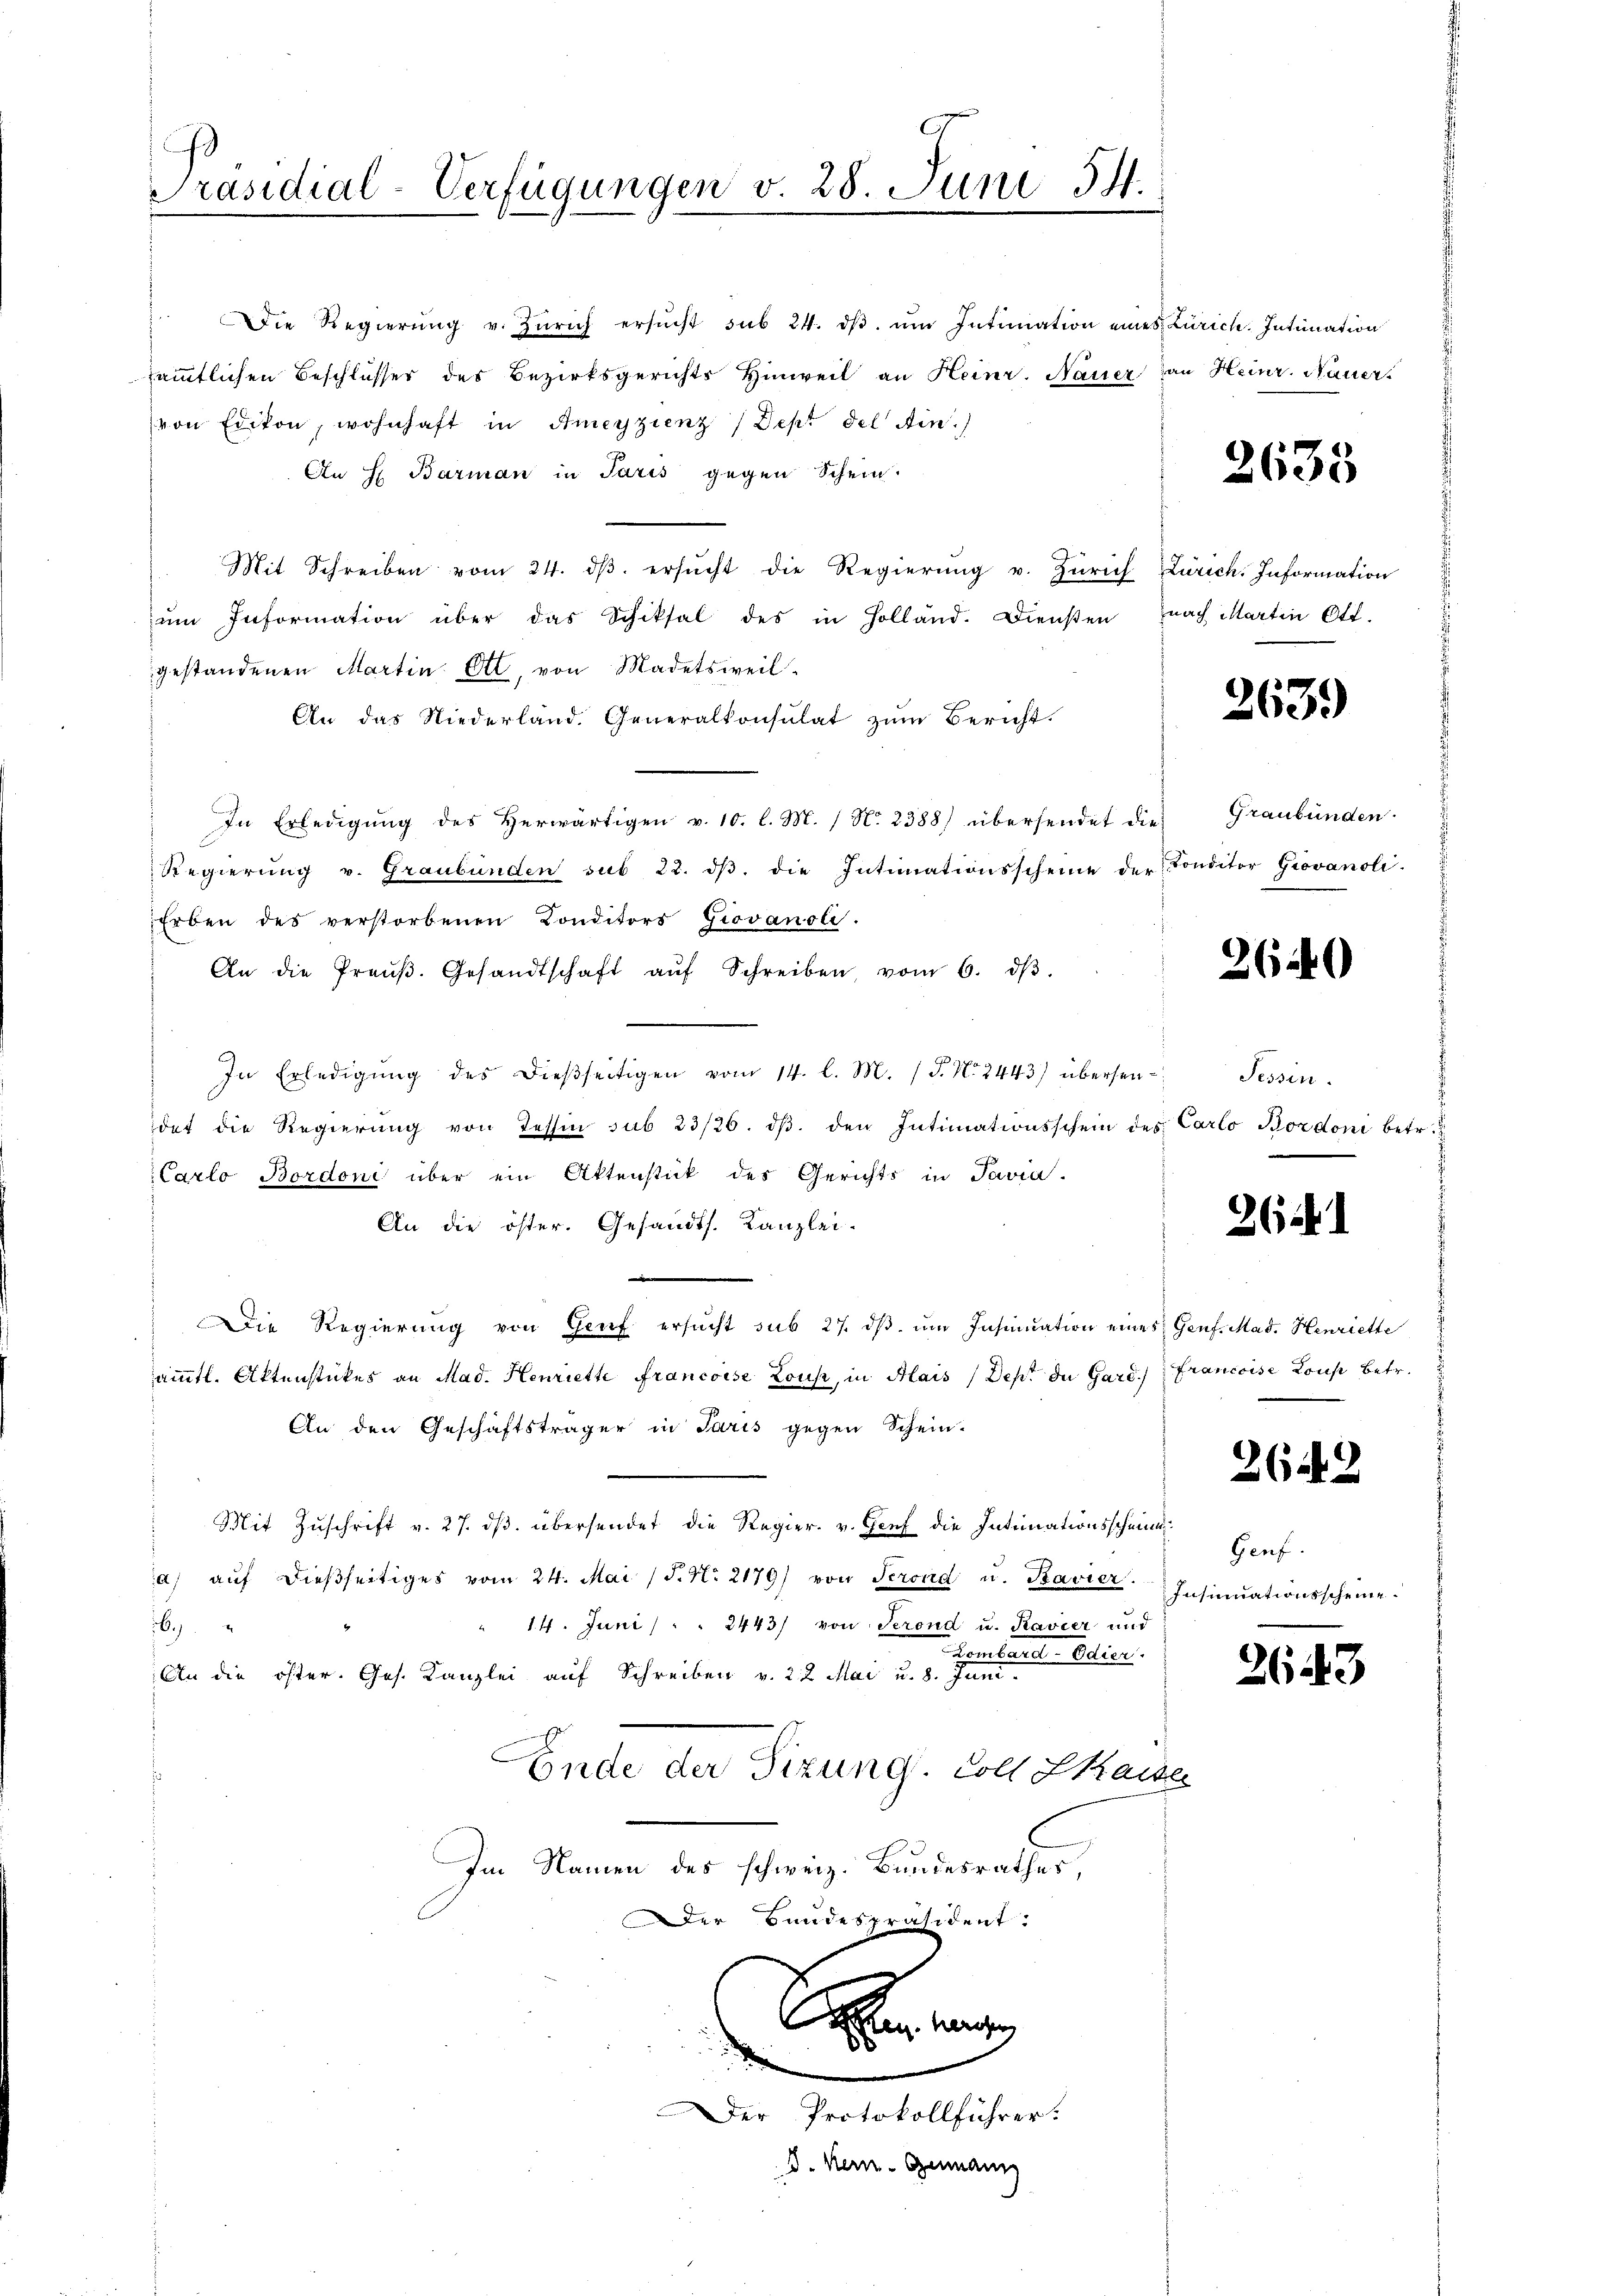
Präsidial-Verfügungen v. 28. Juni 54.
17

Die Regierŭng v. Zürich ersŭcht sub 24. dβ ŭm Intimation eines Zürich. Intimation
sämmtlichen Beschlusser des Bezirksgerichts Hinweil an Heinr. Nauer an Heinr. Nauers
von Edikon, wohnhaft in Ameyzienz (Dept del Ain.)
An H Barman in Paris gegen Schein.
Mit Schreiben vom 24. dβ ersŭcht die Regierŭng u. Zürich Zürich. Information
ŭm Information über das Schiksal des in Holland. Diensten nach Martin Ott.
gestandenen Martin Ott, von Madetsweil-
An das Niederland. Generalkonsulat zŭm Bericht.
In Erledigung des Herwärtigen v. 10. l. M. (N. 2388) übersendet die
Regierŭng v. Graubünden sub 22. dβ. die Intimationsscheine der Conditor Giovanoli.
Erben des verstorbenen Conditors Giovanoli.
An die Preŭβ. Gesandtschaft aŭf Schreiben, vom 6. dβ.
In Erledigŭng des dieβseitigen vom 14. l. M. (T. N. 2443) übersen-
det die Regierŭng von Tessin sub 23/26. dβ. den Intimationsschein des Carlo Bordoni betr.
Carlo Bordoni über ein Aktenstick des Gerichts in Pavia.
An die öster. Gesandts. Kanzlei-
Die Regierŭng von Genf ersucht sub 27. dβ ŭm Insinuation eines Genf. Mad. Henriette
ämmtl. Aktenstückes an Mad. Henriette Francoise Lous, in Mais (Dept de Gard.) Francoise Lous betr.
An den Geschäftsträger in Paris gegen Schein-
Mit Zuschrift v. 27. dβ übersendet die Regier. v. Genf die Intimationsscheina) auf dießseitiges vom 24. Mai (§. N. 2179) von Serond u. Kavier.
" 14. Juni / " " 2443/ von Serond u. Ravier und
69
Lombard-Edier.
An die öster. Jos. Kanzlei auf Schreiben v. 22 Mai u. 8. Juni.
Ende der Sizung. Soll Lkaise
Im Namen des schweiz. Bundesrathes,
Der Bundespräsident:

d
Der Protokollführer.
D. Kern- Genann

2635

2639)

Graubünden.

3640

Tessin.

261.

2643

Genf.
Insinuationsscheine.

2643